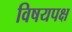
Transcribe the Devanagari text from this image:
विषयपक्ष